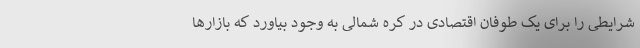
شرایطی را برای یک طوفان اقتصادی در کره شمالی به وجود بیاورد که بازارها